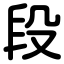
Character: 段